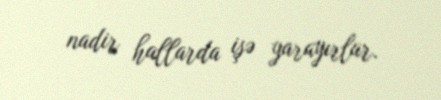
nadir hallarda işə yarayırlar.